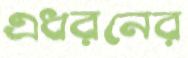
এধরনের